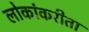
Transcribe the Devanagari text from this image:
लोकांकरीता